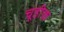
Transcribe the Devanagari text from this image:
चूडीक